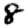
Digit: 8